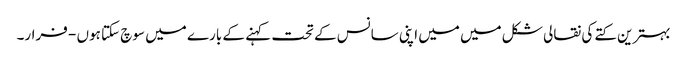
بہترین کتے کی نقالی شکل میں میں اپنی سانس کے تحت کہنے کے بارے میں سوچ سکتا ہوں - فرار۔